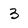
Character: 3